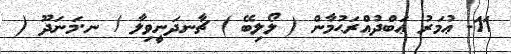
11- ޢުމަރު ޢަބްދުއްރަޙުމާން ( ލޯލިބޭ ) ޗާނދަނީވިލާ / ނ.މަނަދޫ (